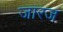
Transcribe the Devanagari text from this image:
जारज